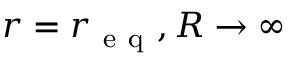
r = r _ { \mathrm { ~ e ~ q ~ } } , R \to \infty